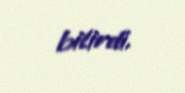
bilirdi.